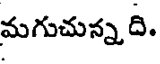
మగుచున్న ది.